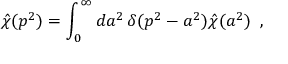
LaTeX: \hat { \chi } ( p ^ { 2 } ) = \int _ { 0 } ^ { \infty } d a ^ { 2 } \, \delta ( p ^ { 2 } - a ^ { 2 } ) \hat { \chi } ( a ^ { 2 } ) \, \, \, ,